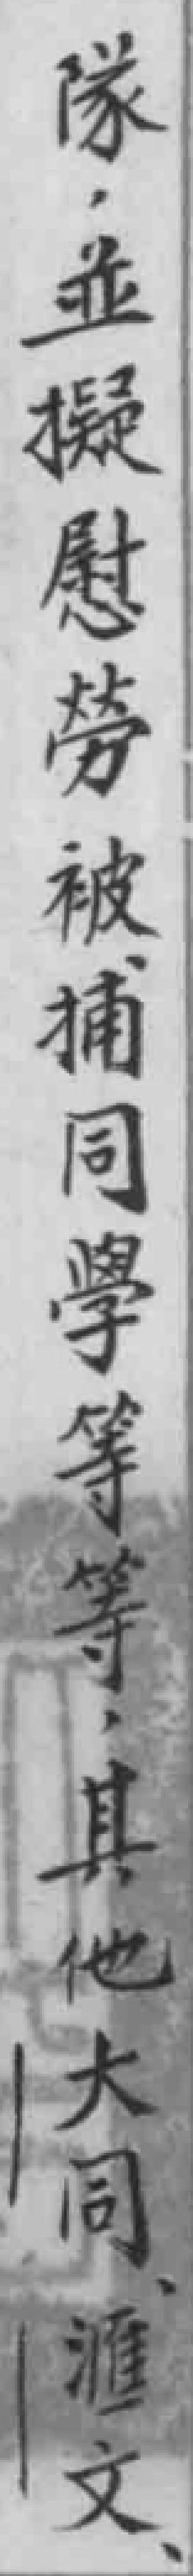
隊，並擬慰勞被捕同學等等，其他大同滙文